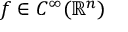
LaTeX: f \in C ^ { \infty } ( \mathbb { R } ^ { n } )